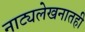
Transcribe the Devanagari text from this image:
नाट्यलेखनातही